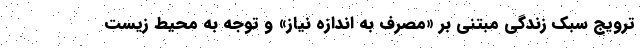
ترویج سبک زندگی مبتنی بر «مصرف به اندازه نیاز» و توجه به محیط زیست